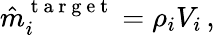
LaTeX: \hat{m}_{i}^{\mathrm{~t~a~r~g~e~t~}}=\rho_{i}V_{i}\, ,